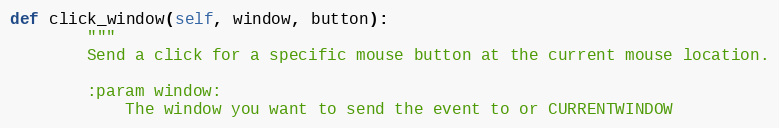
Language: Python
def click_window(self, window, button):
        """
        Send a click for a specific mouse button at the current mouse location.

        :param window:
            The window you want to send the event to or CURRENTWINDOW